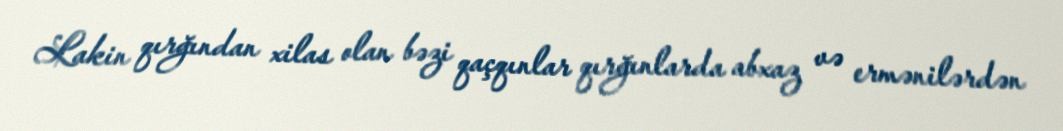
Lakin qırğından xilas olan bəzi qaçqınlar qırğınlarda abxaz və ermənilərdən